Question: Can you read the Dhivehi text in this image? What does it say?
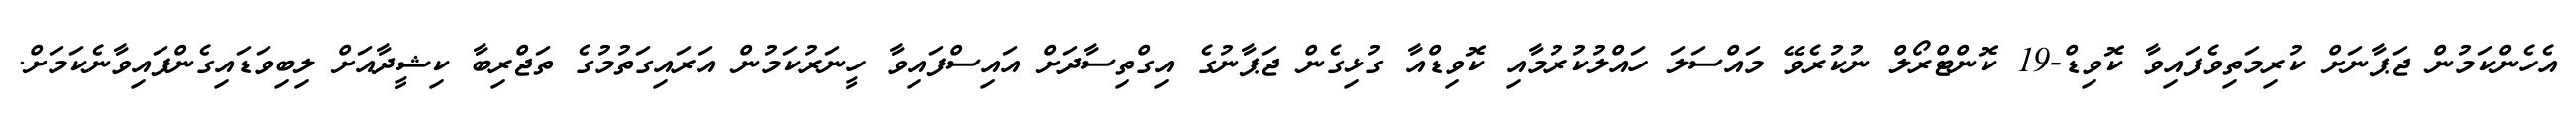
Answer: އެހެންކަމުން ޖަޕާނަށް ކުރިމަތިވެފައިވާ ކޮވިޑް-19 ކޮންޓްރޯލް ނުކުރެވޭ މައްސަލަ ހައްލުކުރުމާއި ކޮވިޑްއާ ގުޅިގެން ޖަޕާނުގެ އިގްތިސާދަށް އައިސްފައިވާ ހީނަރުކަމުން އަރައިގަތުމުގެ ތަޖްރިބާ ކިޝީދާއަށް ލިބިވަޑައިގެންފައިވާނެކަމަށް.